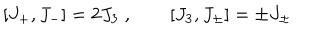
\lbrack J _ { + } , J _ { - } ] = 2 J _ { 3 } \; , \quad \quad \lbrack J _ { 3 } , J _ { \pm } ] = \pm J _ { \pm } \;